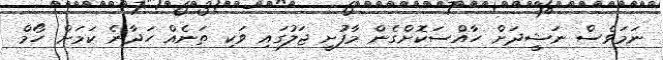
ނަމަވެސް ނަޝީދަށް ހާއްސަކޮށްގެން މާފުށީ ޖަލުގައި ވަކި ތަނެއް ހަދާނެ ކަމަށް ހޯމް